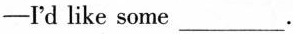
-'d like some ___.